Mental hospitals Bombay report 1929-33 - 1929-1933
Year: 1929
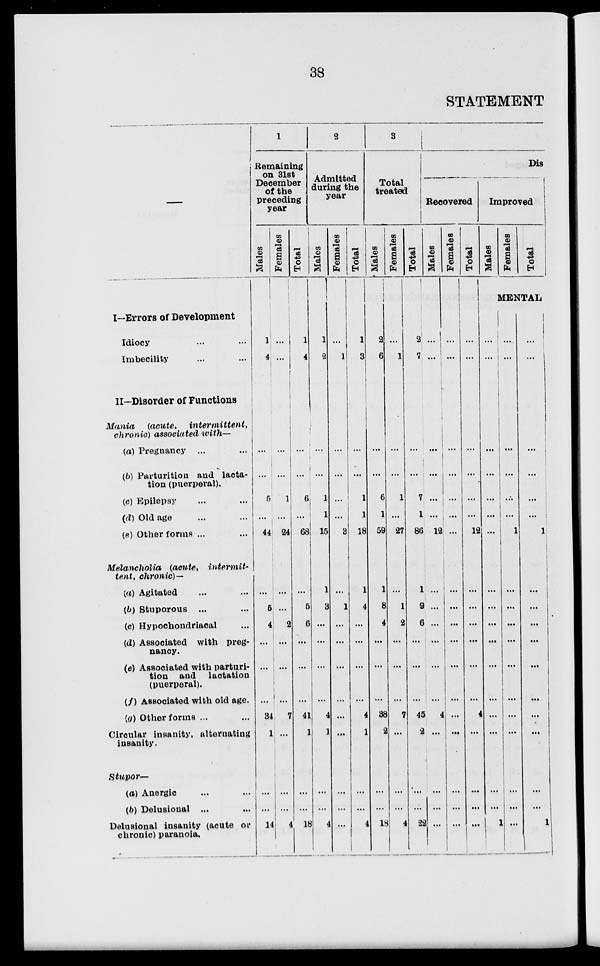
38
STATEMENT
––
I—Errors of Development
Idiocy ... ...
Imbecility ... ...
II—Disorder of Functions
Mania (acute ,
intermittent,
chronic) associated with—
(a) Pregnancy ... ...
(b) Parturition and lacta-
tion (puerperal).
(c) Epilepsy ... ...
(d) Old age ... ...
(e) Other forms ... ...
Melancholia (acute,
intermit-
tent, chronic)—
(a) Agitated ... ...
(b) Stuporous ... ...
(c) Hypochondriacal ...
(d) Associated with preg-
nancy.
(e) Associated with parturi-
tion and lactation
(puerperal).
(f) Associated with old age.
(g) Other forms ... ...
Circular insanity, alternating
insanity.
Stupor—
(a) Anergic ... ...
(b) Delusional ... ...
Delusional insanity (acute or
chronic) paranoia.
1
Remaining
on 31st
December
of the
preceding
year
Males
1
4
...
...
5
...
44
...
5
4
...
...
...
34
1
...
...
14
Females
...
...
...
...
1
...
24
...
...
2
...
...
...
7
...
...
...
4
Total
1
4
...
...
6
...
68
...
5
6
...
...
...
41
1
...
...
18
2
Admitted
during the
year
Males
1
2
...
...
1
... 1
15
1
3
...
...
...
...
4
1
...
...
4
Females
...
1
...
...
...
...
3
...
1
...
...
...
...
...
...
...
...
...
Total
1
3
...
...
1
1
18
1
4
...
...
...
...
4
1
...
...
4
3
Total
treated
Males
2
6
...
...
6
1
59
1
8
4
...
...
...
38
2
...
...
18
Females
...
1
...
...
1
...
27
...
1
2
...
...
...
7
...
...
...
4
Total
2
7
...
...
7
1
86
1
9
6
...
...
...
45
2
...
...
22
Dis
Recovered
Males
...
...
...
...
...
12
...
...
...
...
...
4
...
...
...
...
Females
...
...
...
...
...
...
...
...
...
...
...
...
...
...
...
...
...
...
Total
...
...
...
...
...
...
12
...
...
...
...
...
...
4
...
...
...
...
Improved
Males
Females
Total
MENTAL
...
...
...
...
...
...
...
...
...
...
...
...
...
...
...
...
...
1
...
...
...
...
...
...
1
...
...
...
...
...
...
...
...
...
...
...
...
...
...
...
...
...
1
...
...
...
...
...
...
...
...
...
...
...
...
...
1